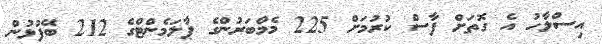
އިސްލާހު އެ ގޮތަށް ފާސް ކުރުމަށް 225 މެމްބަރުންގެ ޕާލަމެންޓްގެ 212 ބޭފުޅުން